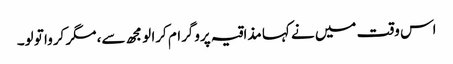
اس وقت میں نے کہا مذاقیہ پروگرام کرا لو مجھ سے، مگر کروا تو لو۔